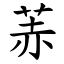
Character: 䓇